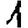
Digit: 1